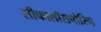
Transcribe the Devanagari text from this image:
सीफालॉसपोरिन